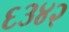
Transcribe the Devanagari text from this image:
६३४२